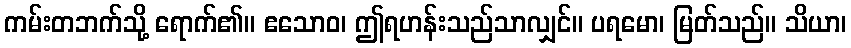
ကမ်းတဘက်သို့ ရောက်၏။ ဧသောဝ၊ ဤရဟန်းသည်သာလျှင်။ ပရမော၊ မြတ်သည်။ သိယာ၊